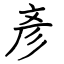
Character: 彥